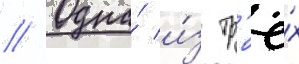
// Одна́ и́з тр'ё́х